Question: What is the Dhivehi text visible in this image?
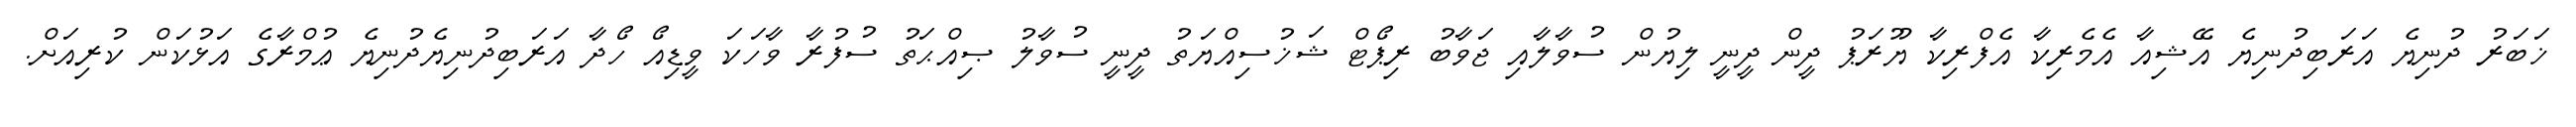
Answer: ޚަބަރު ދުނިޔެ އަރަބިދުނިޔެ އޭޝިއާ އެމެރިކާ އެފްރިކާ ޔޫރަޕު ދީން ދީނީ ލިޔުން ސުވާލާއި ޖަވާބު ރިޕޯޓް ޝަޚުސިއްޔަތު ދީނީ ސުވާލު ޞިއްޙަތު ސުފުރާ ވާހަކަ ވީޑިއޯ ހޯދާ އަރަބިދުނިޔެދުނިޔެ ޢުމްރާގެ އަޅުކަން ކުރިއަށް.